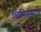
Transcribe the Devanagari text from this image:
थिसिससाठी